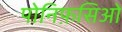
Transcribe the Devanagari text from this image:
पोनिफ़सिओ